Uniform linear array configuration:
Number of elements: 16
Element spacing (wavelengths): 0.75
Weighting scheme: hamming
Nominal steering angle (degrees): -45
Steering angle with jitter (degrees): -43.403
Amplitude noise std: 0.05
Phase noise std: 0.05

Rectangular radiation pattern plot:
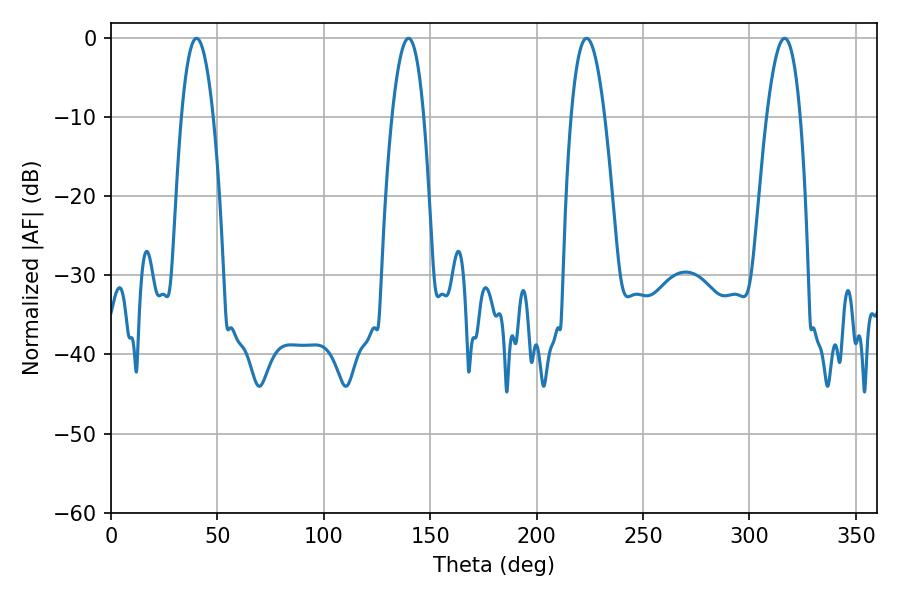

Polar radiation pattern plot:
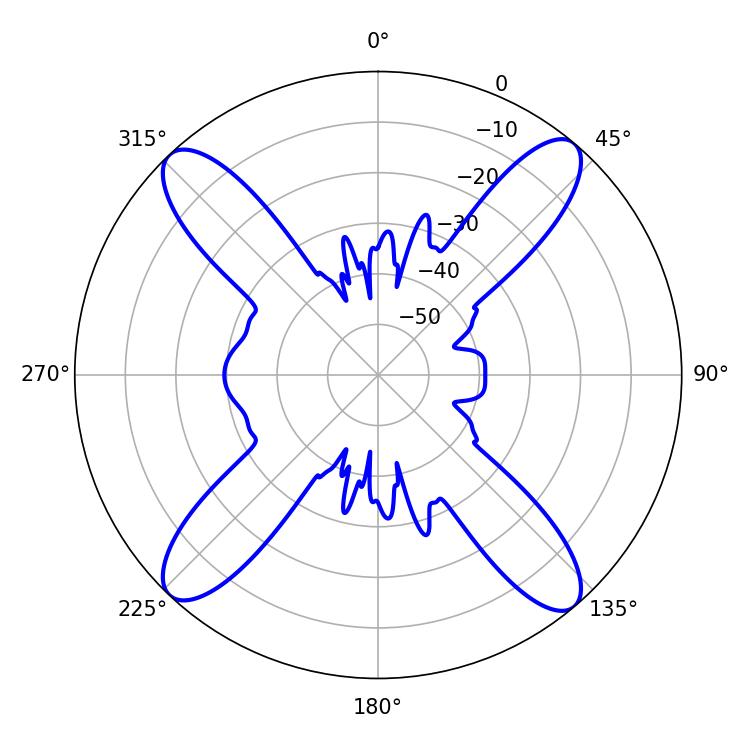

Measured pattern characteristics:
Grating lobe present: TRUE
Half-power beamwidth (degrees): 8.28
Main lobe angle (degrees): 40.14